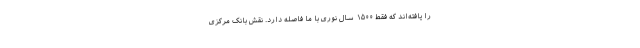
را یافته‌اند که فقط ۱۵۰۰ سال نوری با ما فاصله دارد. نقش بانک مرکزی